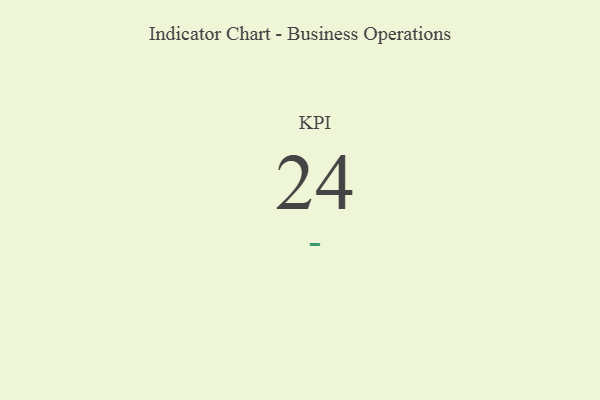
{"axis": {"x": "KPI", "y": "Value"}, "legend": [""], "data": [{"x": "KPI", "y": 24, "type": ""}]}